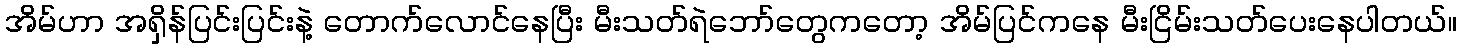
အိမ်ဟာ အရှိန်ပြင်းပြင်းနဲ့ တောက်လောင်နေပြီး မီးသတ်ရဲဘော်တွေကတော့ အိမ်ပြင်ကနေ မီးငြိမ်းသတ်ပေးနေပါတယ်။